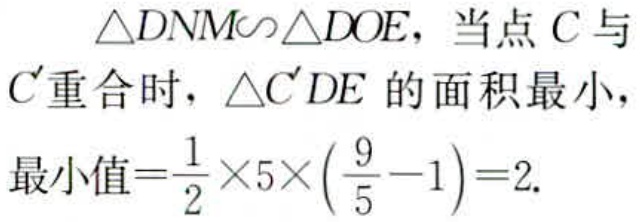
$\triangle DNM\sim\triangle DOE，当点C与\\C^{\prime}重合时，\triangle C^{\prime}DE的面积最小，\\最小值=\frac{1}{2}\times5\times(\frac{9}{5}-1)=2.$